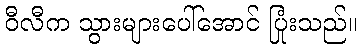
ဝီလီက သွားများပေါ်အောင် ပြုံးသည်။